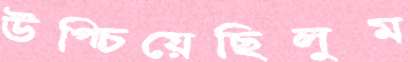
উপ্‌চিয়েছিলুম